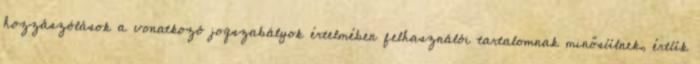
hozzászólások a vonatkozó jogszabályok értelmében felhasználói tartalomnak minősülnek, értük